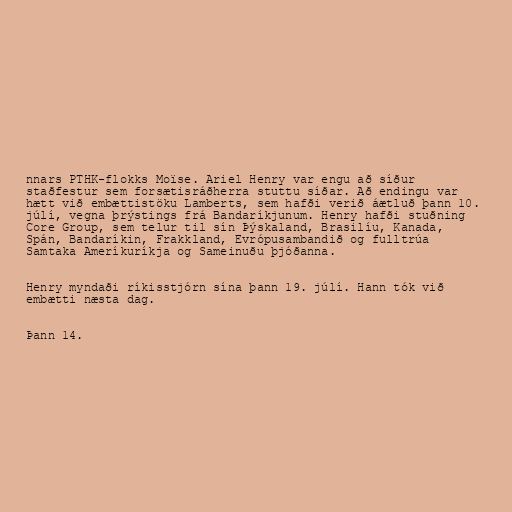
nnars PTHK-flokks Moïse. Ariel Henry var engu að síður
staðfestur sem forsætisráðherra stuttu síðar. Að endingu var
hætt við embættistöku Lamberts, sem hafði verið áætluð þann 10.
júlí, vegna þrýstings frá Bandaríkjunum. Henry hafði stuðning
Core Group, sem telur til sín Þýskaland, Brasilíu, Kanada,
Spán, Bandaríkin, Frakkland, Evrópusambandið og fulltrúa
Samtaka Ameríkuríkja og Sameinuðu þjóðanna.

Henry myndaði ríkisstjórn sína þann 19. júlí. Hann tók við
embætti næsta dag.

Þann 14.